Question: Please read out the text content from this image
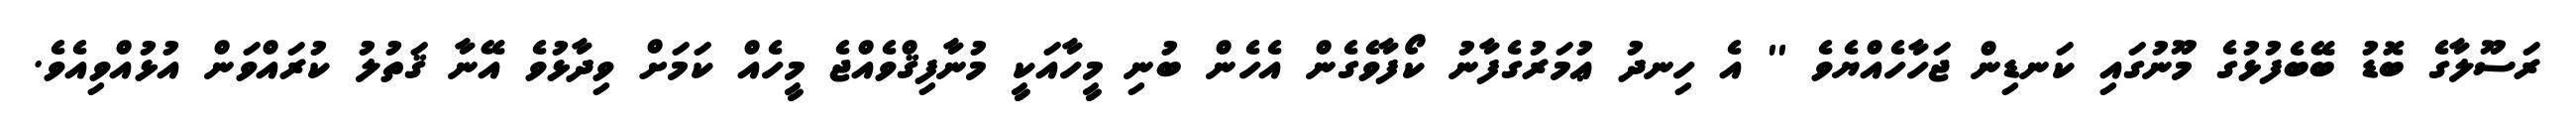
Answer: ރަސޫލާގެ ބޮޑު ބޭބެފުޅުގެ މޫނުގައި ކަނޑިން ޖަހާހެއްޔެވެ '' އެ ހިނދު ޢުމަރުގެފާނު ކޯފާވެގެން އެހެން ބުނި މީހާއަކީ މުނާފިޤްވެއްޖެ މީހެއް ކަމަށް ވިދާޅުވެ އޭނާ ޤަތުލު ކުރައްވަން އުޅުއްވިއެވެ.